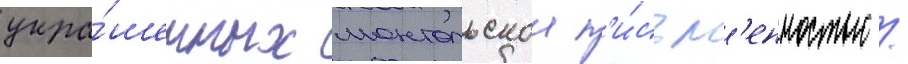
укра́шенных монгольскои п'и́сьм'енностью /